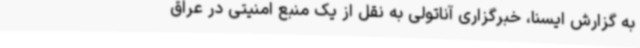
به گزارش ایسنا، خبرگزاری آناتولی به نقل از یک منبع امنیتی در عراق